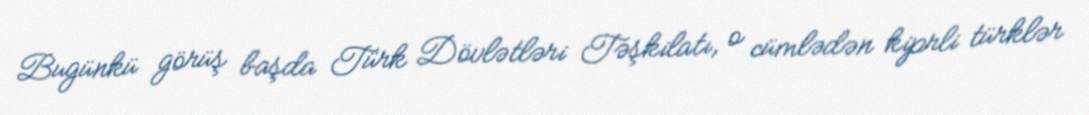
Bugünkü görüş başda Türk Dövlətləri Təşkilatı, o cümlədən kiprli türklər